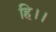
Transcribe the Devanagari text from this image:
हि।।